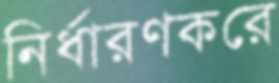
নির্ধারণকরে